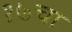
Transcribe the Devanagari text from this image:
१७चा